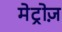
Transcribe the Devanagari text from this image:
मेट्रोज़